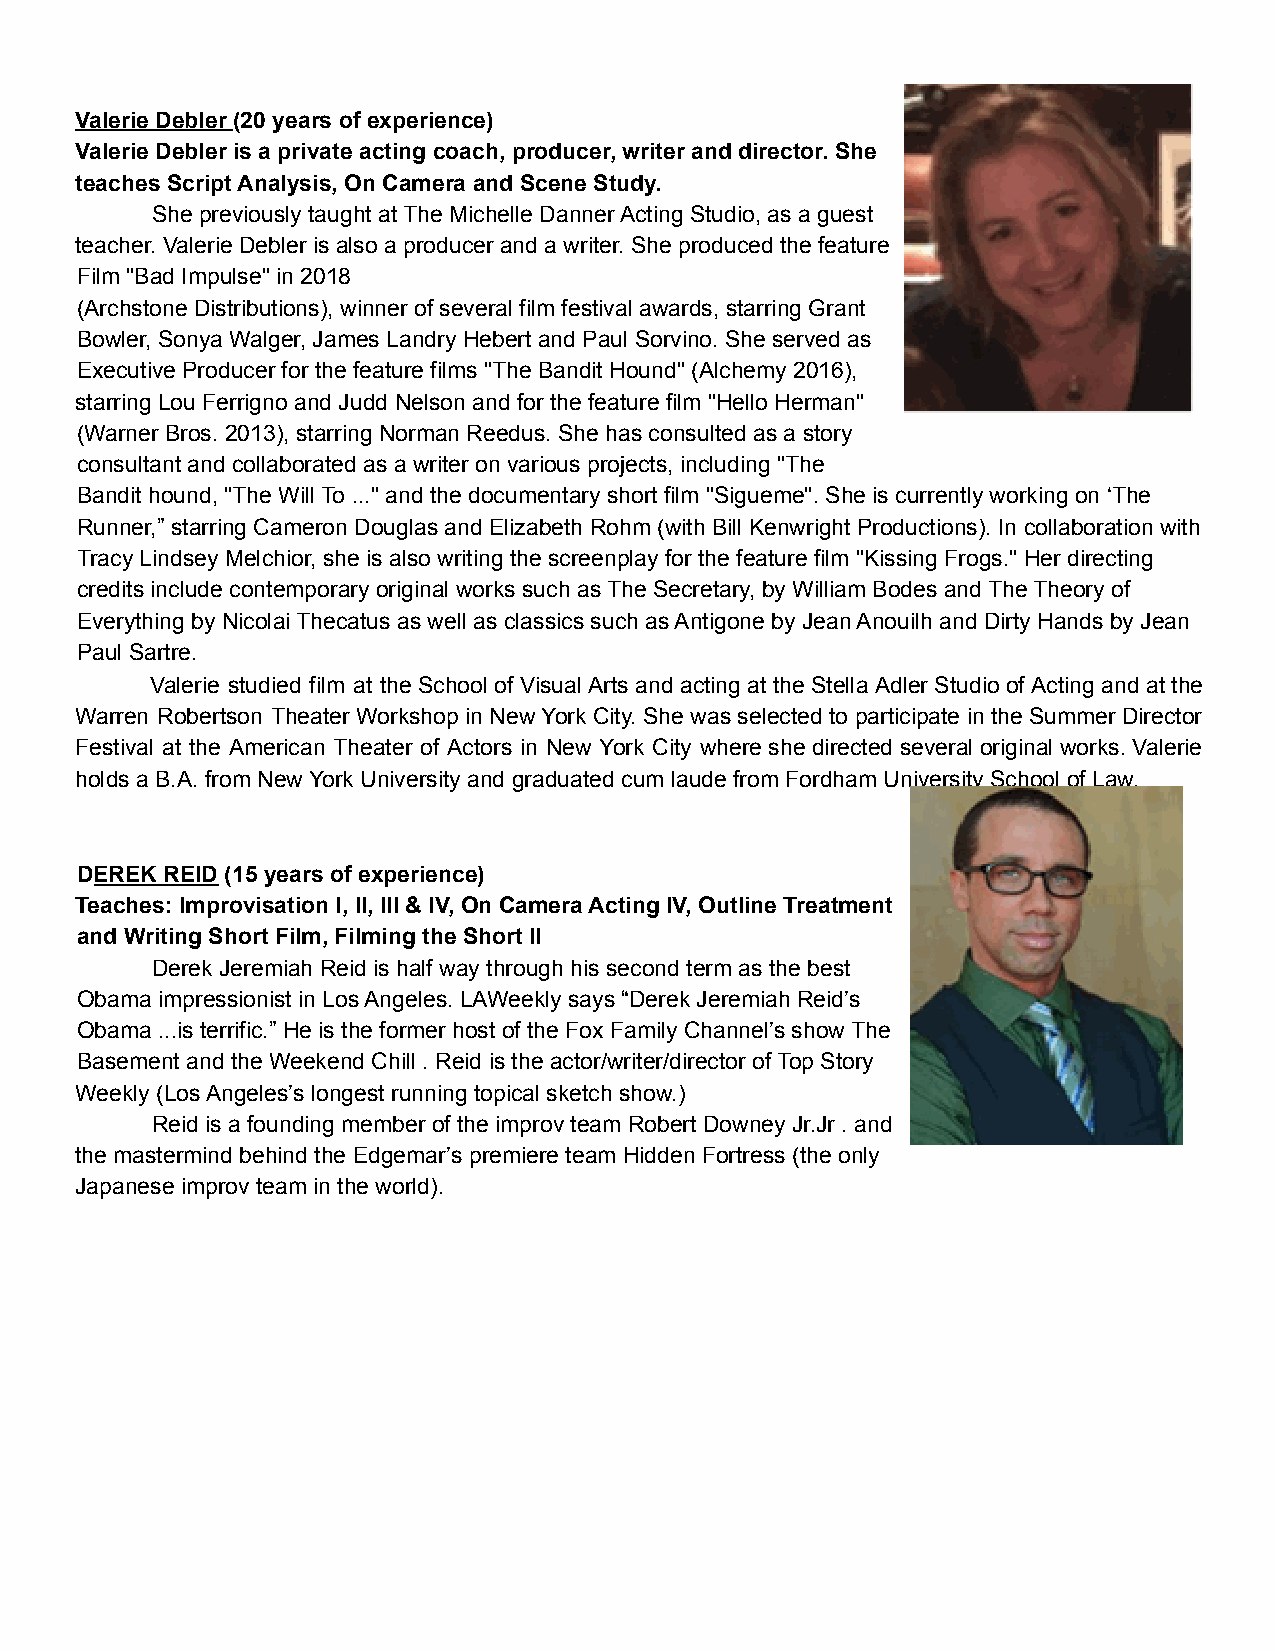
Valerie Debler (20 years of experience)
 Valerie Debler is a private acting coach, producer, writer and director. She
 teaches Script Analysis, On Camera and Scene Study.
 She previously taught at The Michelle Danner Acting Studio, as a guest
 teacher. Valerie Debler is also a producer and a writer. She produced the feature
 Film "Bad Impulse" in 2018
 (Archstone Distributions), winner of several film festival awards, starring Grant
 Bowler, Sonya Walger, James Landry Hebert and Paul Sorvino. She served as
 Executive Producer for the feature films "The Bandit Hound" (Alchemy 2016),
 starring Lou Ferrigno and Judd Nelson and for the feature film "Hello Herman"
 (Warner Bros. 2013), starring Norman Reedus. She has consulted as a story
 consultant and collaborated as a writer on various projects, including "The
 Bandit hound, "The Will To ..." and the documentary short film "Sigueme". She is currently working on ‘The
 Runner,” starring Cameron Douglas and Elizabeth Rohm (with Bill Kenwright Productions). In collaboration with
 Tracy Lindsey Melchior, she is also writing the screenplay for the feature film "Kissing Frogs." Her directing
 credits include contemporary original works such as The Secretary, by William Bodes and The Theory of
 Everything by Nicolai Thecatus as well as classics such as Antigone by Jean Anouilh and Dirty Hands by Jean
 Paul Sartre.
 Valerie studied film at the School of Visual Arts and acting at the Stella Adler Studio of Acting and at the
 Warren Robertson Theater Workshop in New York City. She was selected to participate in the Summer Director
 Festival at the American Theater of Actors in New York City where she directed several original works. Valerie
 holds a B.A. from New York University and graduated cum laude from Fordham University School of Law.
 DEREK REID (15 years of experience)
 Teaches: Improvisation I, II, III & IV, On Camera Acting IV, Outline Treatment
 and Writing Short Film, Filming the Short II
 Derek Jeremiah Reid is half way through his second term as the best
 Obama impressionist in Los Angeles. LAWeekly says “Derek Jeremiah Reid’s
 Obama ...is terrific.” He is the former host of the Fox Family Channel’s show The
 Basement and the Weekend Chill . Reid is the actor/writer/director of Top Story
 Weekly (Los Angeles’s longest running topical sketch show.)
 Reid is a founding member of the improv team Robert Downey Jr.Jr . and
 the mastermind behind the Edgemar’s premiere team Hidden Fortress (the only
 Japanese improv team in the world).